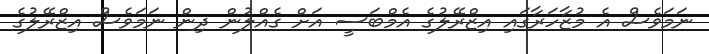
ނަމަވެސް އެ މުޒާހަރާގައި އިޒްރޭލުގެ އެމްބަސީ އަށް ގެއްލުން ދިން ނަމަވެސް އިޒްރޭލުގެ